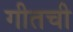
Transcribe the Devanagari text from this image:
गीतची